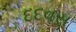
દદવસ